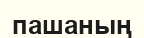
пашаның